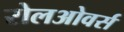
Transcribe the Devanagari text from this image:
रोलओवर्स